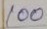
100